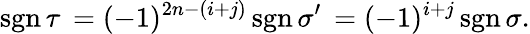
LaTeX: \operatorname{sgn}\tau\, =(-1)^{2n-(i+j)}\operatorname{sgn}\sigma^{\prime}\, =(-1)^{i+j}\operatorname{sgn}\sigma.